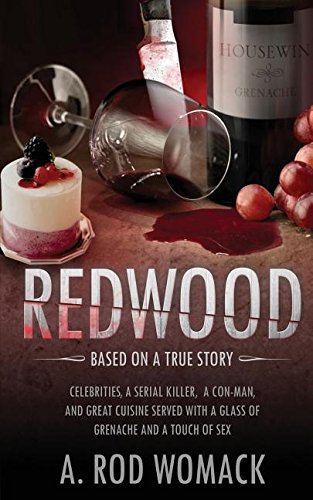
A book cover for Redwood; A. Rod Womack; Literature & Fiction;